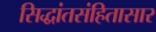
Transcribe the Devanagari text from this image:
सिद्धांतसंहितासार